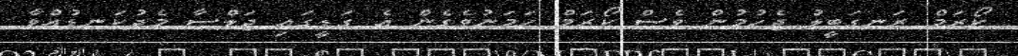
ކޯރަމް ރަނގަބީލު ޖެހުމުން ވެސް ކޯރަމް ހަމަނުވެގެން އެ ގަޑީގައި ޖަލްސާ މެދުކަނޑުއްވާ